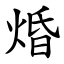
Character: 焝